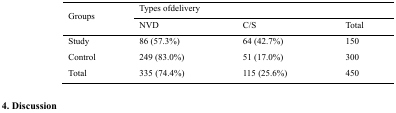
| <ROWSPAN=3> Groups | <COLSPAN=3> Types ofdelivery |
 | NVD | C/S | Total |
 | --- | --- | --- | --- |
 | Study | 86 (57.3%) | 64 (42.7%) | 150 |
 | Control | 249 (83.0%) | 51 (17.0%) | 300 |
 | Total | 335 (74.4%) | 115 (25.6%) | 450 |